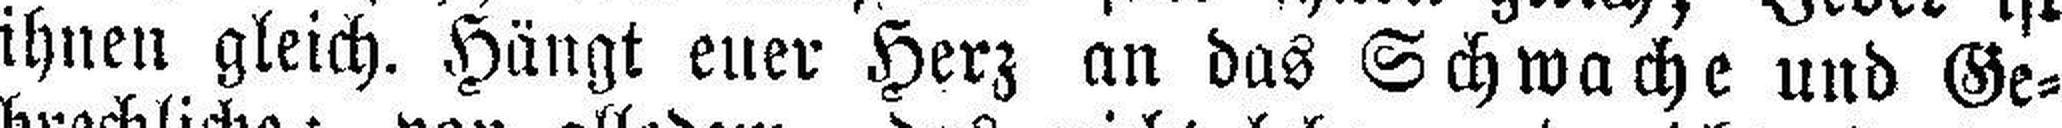
ihnen gleich. Hängt euer Herz an das Schwache und Ge¬